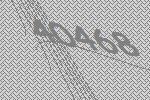
40468